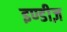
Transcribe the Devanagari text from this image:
इण्डीज़